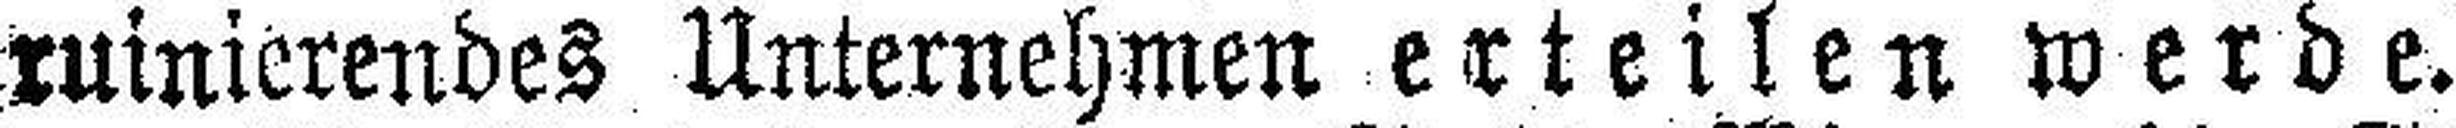
ruinierendes Unternehmen erteilen werde.